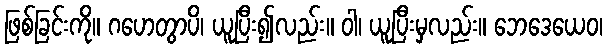
ဖြစ်ခြင်းကို။ ဂဟေတွာပိ၊ ယူပြီး၍လည်း။ ဝါ၊ ယူပြီးမှလည်း။ ဘေဒေယေဝ၊